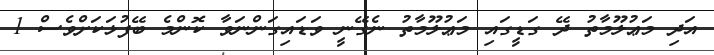
އަދި މަޢުލޫމާތު ދޭ ގަޑީގައި މަޢުލޫމާތު ނެގޭނީ ވަޑައިގަންނަވާ ކޮންމެ ބޭފުޅަކަށްވެސް 1